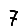
Digit: 7